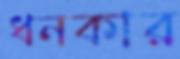
ধনকার